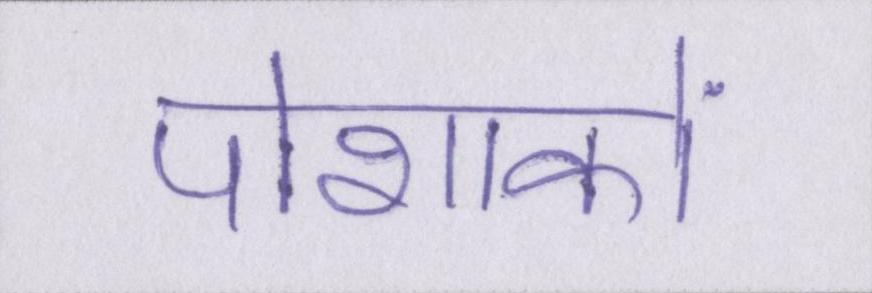
पोशाकों